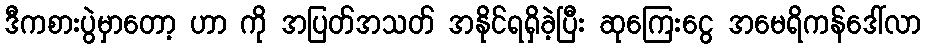
ဒီကစားပွဲမှာတော့ ဟာ ကို အပြတ်အသတ် အနိုင်ရရှိခဲ့ပြီး ဆုကြေးငွေ အမေရိကန်ဒေါ်လာ